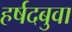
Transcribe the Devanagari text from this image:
हर्षदबुवा